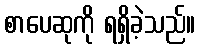
စာပေဆုကို ရရှိခဲ့သည်။